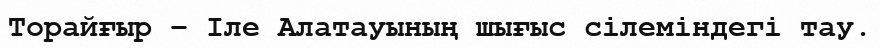
Торайғыр – Іле Алатауының шығыс сілеміндегі тау.